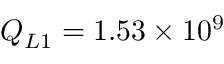
Q _ { L 1 } = 1 . 5 3 \times 1 0 ^ { 9 }